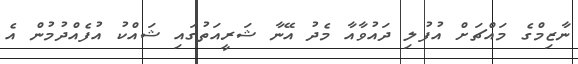
ނާޒިމްގެ މައްޗަށް އުފުލި ދައުވާއާ މެދު އޭނާ ޝަރީއަތުގައި ޝައްކު އުފެއްދުމުން އެ